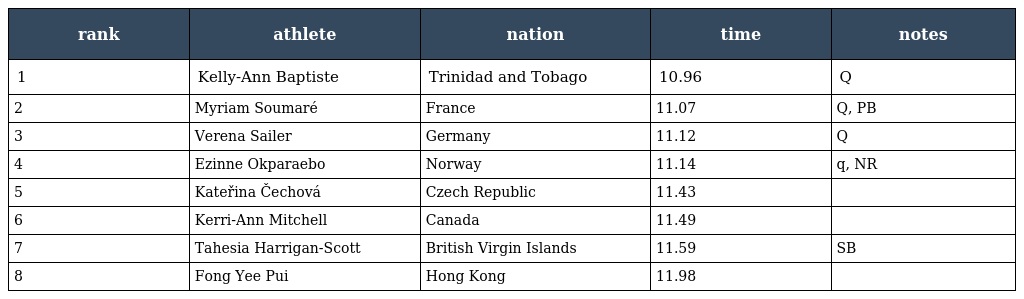
| rank | athlete | nation | time | notes |
 | --- | --- | --- | --- | --- |
 | 1 | Kelly-Ann Baptiste | Trinidad and Tobago | 10.96 | Q |
 | 2 | Myriam Soumaré | France | 11.07 | Q, PB |
 | 3 | Verena Sailer | Germany | 11.12 | Q |
 | 4 | Ezinne Okparaebo | Norway | 11.14 | q, NR |
 | 5 | Kateřina Čechová | Czech Republic | 11.43 |  |
 | 6 | Kerri-Ann Mitchell | Canada | 11.49 |  |
 | 7 | Tahesia Harrigan-Scott | British Virgin Islands | 11.59 | SB |
 | 8 | Fong Yee Pui | Hong Kong | 11.98 |  |